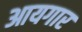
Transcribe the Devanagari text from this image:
आयगार